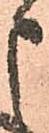
申